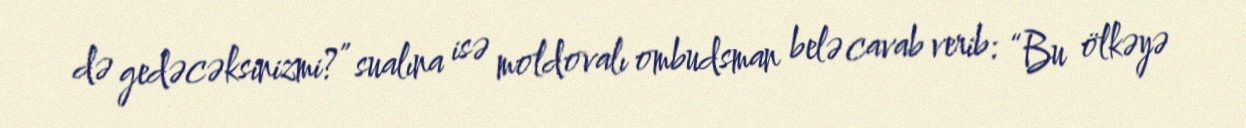
də gedəcəksinizmi?” sualına isə moldovalı ombudsman belə cavab verib: “Bu ölkəyə